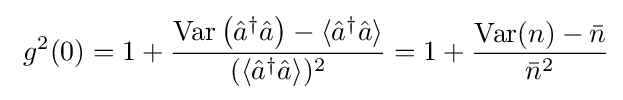
~g^{2}(0)=1+{\frac {{\rm {Var}}\left({\hat {a}}^{\dagger }{\hat {a}}\right)-\langle {\hat {a}}^{\dagger }{\hat {a}}\rangle }{(\langle {\hat {a}}^{\dagger }{\hat {a}}\rangle )^{2}}}=1+{\frac {{\rm {Var}}(n)-{\bar {n}}}{{\bar {n}}^{2}}}